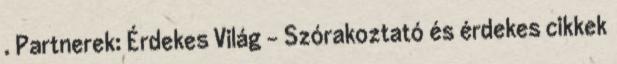
. Partnerek: Érdekes Világ – Szórakoztató és érdekes cikkek